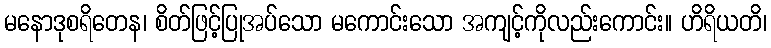
မနောဒုစရိတေန၊ စိတ်ဖြင့်ပြုအပ်သော မကောင်းသော အကျင့်ကိုလည်းကောင်း။ ဟိရိယတိ၊